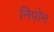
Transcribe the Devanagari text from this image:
निपोन